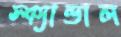
স্ক্যান্ডাল